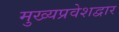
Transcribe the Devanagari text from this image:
मुख्यप्रवेशद्वार